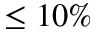
\leq 1 0 \%